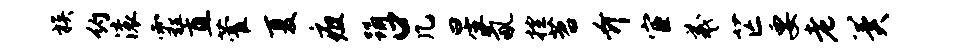
族约滚霾直藿夏疽踊口几星氤控苕介宦羲芒要老冀